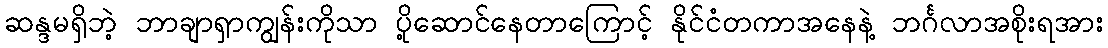
ဆန္ဒမရှိဘဲ့ ဘာချာရှာကျွန်းကိုသာ ပို့ဆောင်နေတာကြောင့် နိုင်ငံတကာအနေနဲ့ ဘင်္ဂလာအစိုးရအား